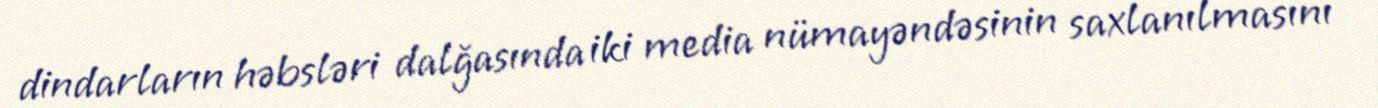
dindarların həbsləri dalğasında iki media nümayəndəsinin saxlanılmasını